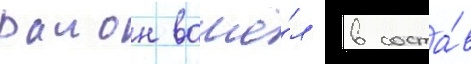
раион вошё́л в соста́в